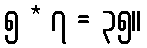
၅ * ၇ = ၃၅။